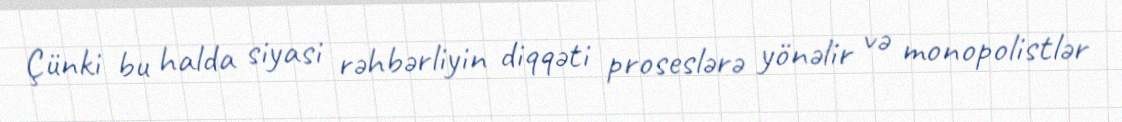
Çünki bu halda siyasi rəhbərliyin diqqəti proseslərə yönəlir və monopolistlər